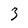
Character: 3